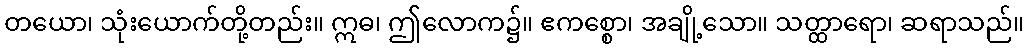
တယော၊ သုံးယောက်တို့တည်း။ ဣဓ၊ ဤလောက၌။ ဧကစ္စော၊ အချို့သော။ သတ္ထာရော၊ ဆရာသည်။